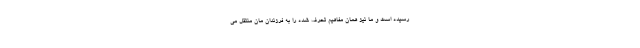
رسیده است و ما نیز همان مفاهیم تحرف شده را به فرزندان مان منتقل می